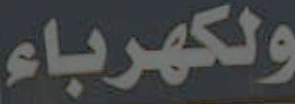
ولكهرباء